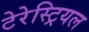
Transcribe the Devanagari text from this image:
टेरेस्‍ट्रियल